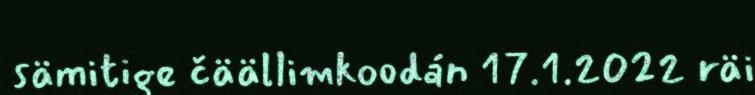
sämitige čäällimkoodán 17.1.2022 räi